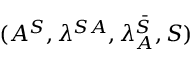
( A ^ { S } , \lambda ^ { S A } , \lambda _ { A } ^ { \bar { S } } , S )